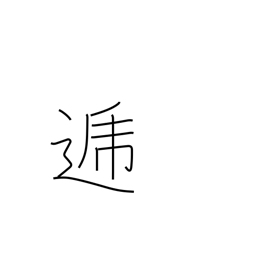
Meaning: in turn